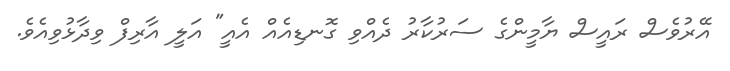
އޭރުވެސް ރައީސް ޔާމީންގެ ސަރުކާރު ދެއްވި ގޮނޑިއެއް އެއީ" އަލީ އާރިފް ވިދާޅުވިއެވެ.